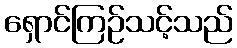
ရှောင်ကြဉ်သင့်သည်